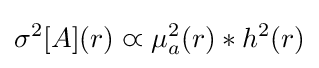
\sigma ^{2}[A](r)\varpropto \mu _{a}^{2}(r)*h^{2}(r)